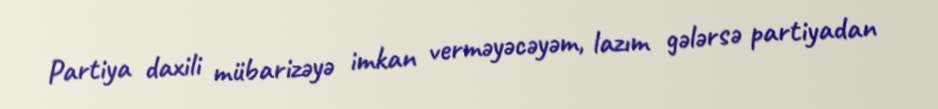
Partiya daxili mübarizəyə imkan verməyəcəyəm, lazım gələrsə partiyadan